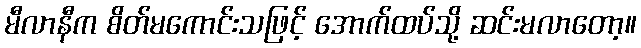
မီလာနီက စိတ်မကောင်းသဖြင့် အောက်ထပ်သို့ ဆင်းမလာတော့။